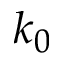
k _ { 0 }